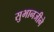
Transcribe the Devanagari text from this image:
सुभानजीने